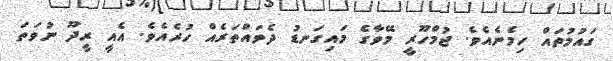
ގައުމުތައް ހިމެނެއެވެ. ޖުމްހޫރީ މޭވާގެ މައިގަނޑު ދެވައްތަރެއް ހުރެއެވެ. އެއީ ރީދޫ ނުވަތަ